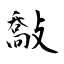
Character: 敽